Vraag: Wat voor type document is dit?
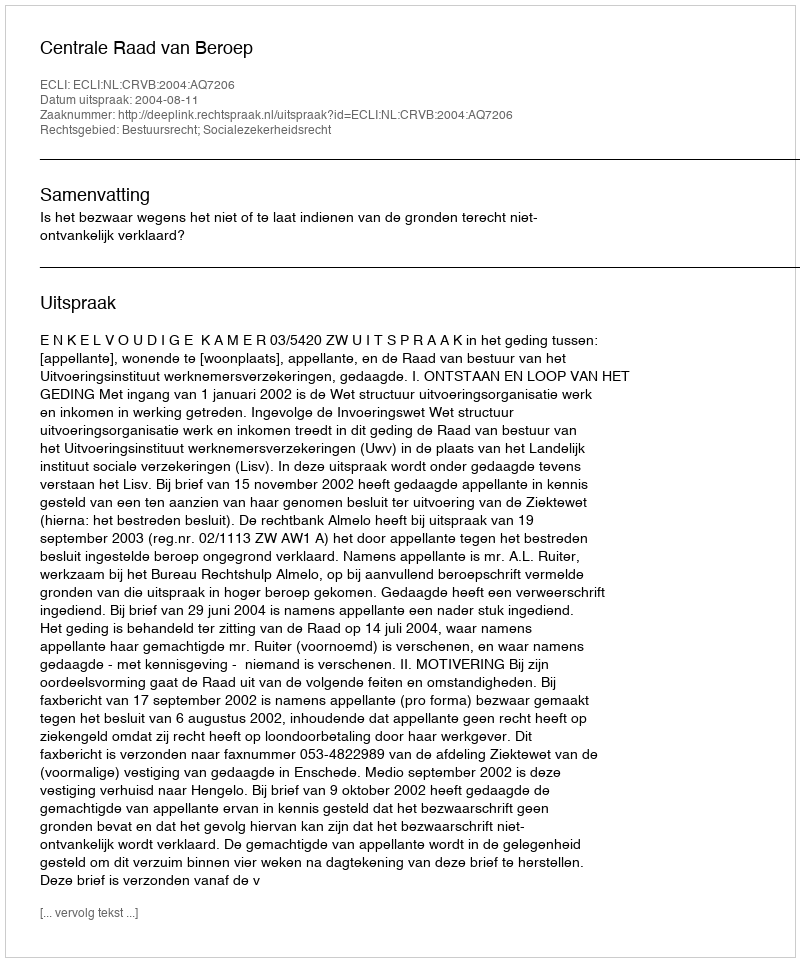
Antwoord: Uitspraak